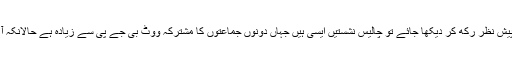
اگر 2014 کے نتائج کوپیش نظر رکھ کر دیکھا جائے تو چالیس نشستیں ایسی ہیں جہاں دونوں جماعتوں کا مشترکہ ووٹ بی جے پی سے زیادہ ہے حالانکہ آج حالات بدلے ہوئے ہیں۔